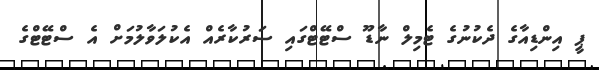
ޕީ އިންޑިއާގެ ދެކުނުގެ ޓެމިލް ނާޑޫ ސްޓޭޓްގައި ސަރުކާރެއް އެކުލަވާލުމަށް އެ ސްޓޭޓްގެ